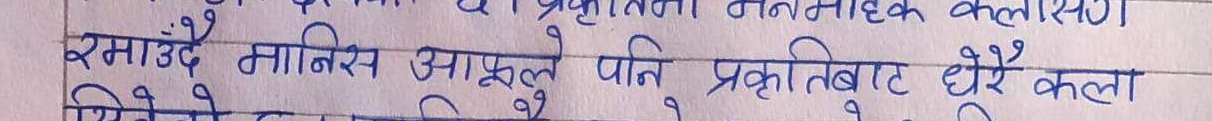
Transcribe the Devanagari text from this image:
रमाउँदै मानिस आफूले पनि प्रकृतिबाट धेरै कला